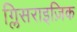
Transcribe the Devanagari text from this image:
ग्लिसराइज़िक